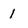
Character: 1